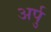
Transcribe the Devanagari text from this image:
अर्पु